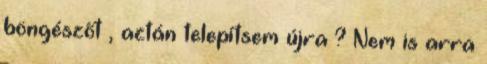
böngészőt , aztán telepítsem újra ? Nem is arra